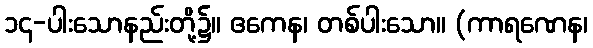
၁၄-ပါးသောနည်းတို့၌။ ဧကေန၊ တစ်ပါးသော။ (ကာရဏေန၊